Civil Veterinary Department. Madras. Admin. report 1926-33 - 1926-1933
Year: 1926
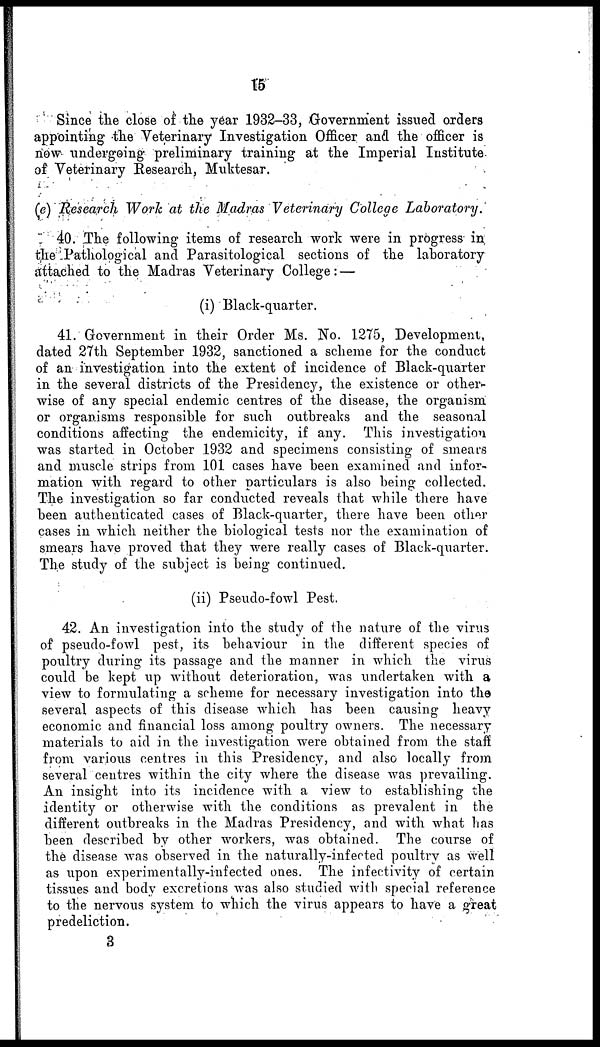
15
Since the close of the year 1932-33, Government issued orders
appointing the Veterinary Investigation Officer and the officer is
now undergoing preliminary training at the Imperial Institute
of Veterinary Research, Muktesar.
(e) Research Work at the Madras Veterinary College Laboratory.
40. The following items of research work were in progress in
the Pathological and Parasitological sections of the laboratory
attached to the Madras Veterinary College :—
(i) Black-quarter.
41. Government in their Order Ms. No. 1275, Development,
dated 27th September 1932, sanctioned a scheme for the conduct
of an investigation into the extent of incidence of Black-quarter
in the several districts of the Presidency, the existence or other-
wise of any special endemic centres of the disease, the organism
or organisms responsible for such outbreaks and the seasonal
conditions affecting the endemicity, if any. This investigation
was started in October 1932 and specimens consisting of smears
and muscle strips from 101 cases have been examined and infor-
mation with regard to other particulars is also being collected.
The investigation so far conducted reveals that while there have
been authenticated cases of Black-quarter, there have been other
cases in which neither the biological tests nor the examination of
smears have proved that they were really cases of Black-quarter.
The study of the subject is being continued.
(ii) Pseudo-fowl Pest.
42. An investigation into the study of the nature of the virus
of pseudo-fowl pest, its behaviour in the different species of
poultry during its passage and the manner in which the virus
could be kept up without deterioration, was undertaken with a
view to formulating a scheme for necessary investigation into the
several aspects of this disease which has been causing heavy
economic and financial loss among poultry owners. The necessary
materials to aid in the investigation were obtained from the staff
from various centres in this Presidency, and also locally from
several centres within the city where the disease was prevailing.
An insight into its incidence with a view to establishing the
identity or otherwise with the conditions as prevalent in the
different outbreaks in the Madras Presidency, and with what has
been described by other workers, was obtained. The course of
the disease was observed in the naturally-infected poultry as well
as upon experimentally-infected ones. The infectivity of certain
tissues and body excretions was also studied with special reference
to the nervous system to which the virus appears to have a great
predeliction.
3